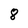
Character: 8